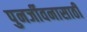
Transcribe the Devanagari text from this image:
पुनर्जीवनासाठी